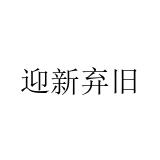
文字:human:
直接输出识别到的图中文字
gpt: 迎新弃旧